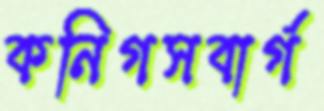
কনিগসবার্গ